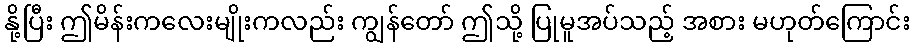
နို့ပြီး ဤမိန်းကလေးမျိုးကလည်း ကျွန်တော် ဤသို့ ပြုမူအပ်သည့် အစား မဟုတ်ကြောင်း